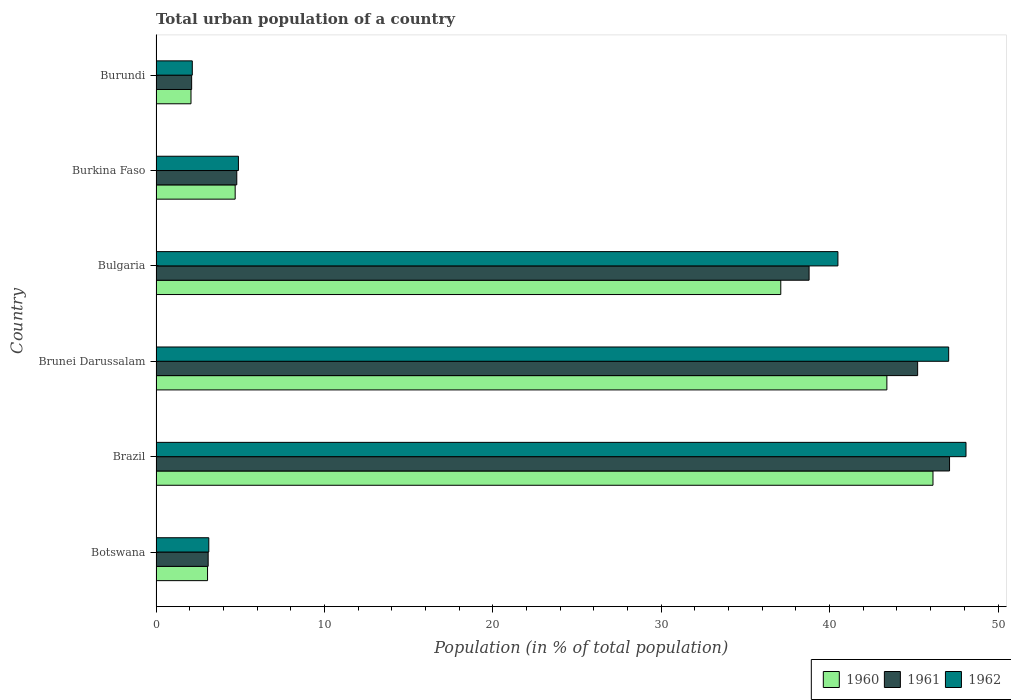
| Country | 1960 | 1961 | 1962 |
 | --- | --- | --- | --- |
 | Botswana | 3.06 | 3.1 | 3.13 |
 | Brazil | 46.1 | 47.1 | 48.1 |
 | Brunei Darussalam | 43.4 | 45.2 | 47.1 |
 | Bulgaria | 37.1 | 38.8 | 40.5 |
 | Burkina Faso | 4.7 | 4.8 | 4.89 |
 | Burundi | 2.08 | 2.12 | 2.15 |